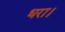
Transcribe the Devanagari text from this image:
धरा।